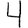
Digit: 4